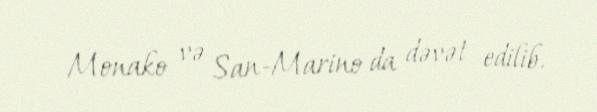
Monako və San-Marino da dəvət edilib.